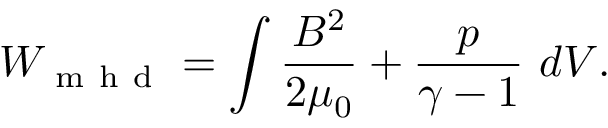
W _ { \mathrm { ~ m ~ h ~ d ~ } } = \int \frac { B ^ { 2 } } { 2 \mu _ { 0 } } + \frac { p } { \gamma - 1 } \ d V .